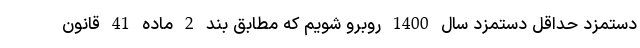
دستمزدِ حداقل دستمزد سال 1400 روبرو شویم که مطابق بند 2 ماده 41 قانون